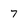
Character: 7